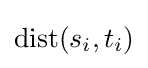
\mathrm {dist} (s_{i},t_{i})